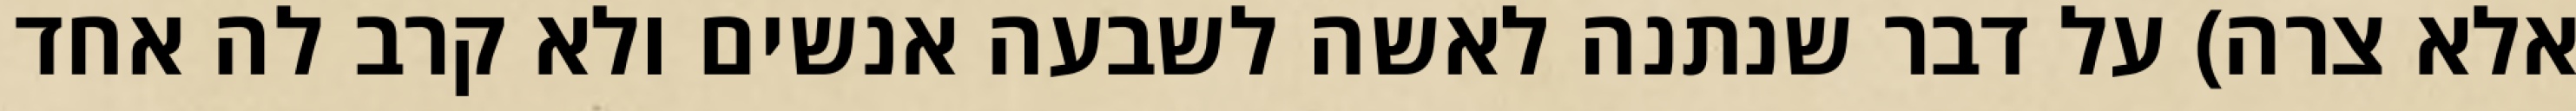
אלא צרה) על דבר שנתנה לאשה לשבעה אנשים ולא קרב לה אחד